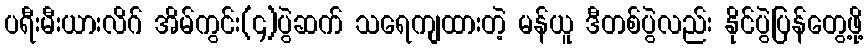
ပရီးမီးယားလိဂ် အိမ်ကွင်း(၄)ပွဲဆက် သရေကျထားတဲ့ မန်ယူ ဒီတစ်ပွဲလည်း နိုင်ပွဲပြန်တွေ့ဖို့